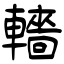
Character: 轖